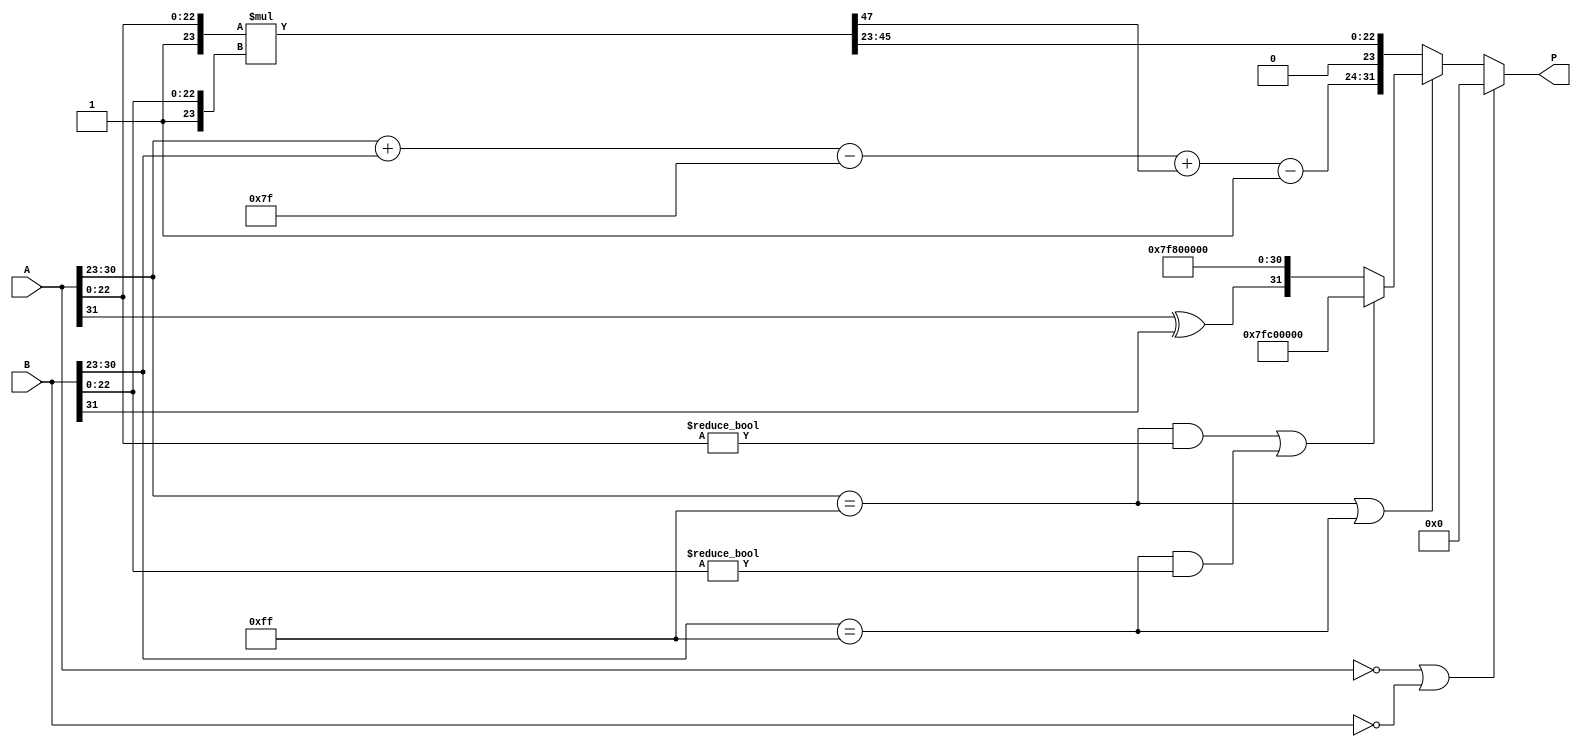
module floating_point_multiplier (
    input [31:0] A, // Input A (IEEE 754 single precision)
    input [31:0] B, // Input B (IEEE 754 single precision)
    output reg [31:0] P // Output P (IEEE 754 single precision)
);

    // Constants
    localparam EXPONENT_BIAS = 127;
    localparam MANTISSA_SIZE = 23;

    // Internal signals
    wire signA, signB, signP;
    wire [7:0] expA, expB, expP;
    wire [MANTISSA_SIZE:0] mantA, mantB, mantP; // Extra bit for normalization
    wire [47:0] mantProduct; // Product of mantissas (23 + 23 = 46 bits)
    wire [8:0] expSum; // To hold the sum of exponents
    wire [7:0] expP_temp; // Temporary exponent for normalization
    wire [47:0] mantP_temp; // Temporary mantissa for normalization
    wire [7:0] expP_final; // Final exponent after normalization
    wire mantP_normalized; // Flag for normalized mantissa

    // Extract sign, exponent, and mantissa
    assign signA = A[31];
    assign expA = A[30:23];
    assign mantA = {1'b1, A[22:0]}; // Implicit leading 1 for normalized numbers

    assign signB = B[31];
    assign expB = B[30:23];
    assign mantB = {1'b1, B[22:0]}; // Implicit leading 1 for normalized numbers

    // Calculate sign of the product
    assign signP = signA ^ signB;

    // Calculate exponent sum
    assign expSum = expA + expB - EXPONENT_BIAS;

    // Mantissa multiplication
    assign mantProduct = mantA * mantB;

    // Normalize the mantissa
    assign mantP_temp = mantProduct[46:0]; // Take the lower 47 bits
    assign expP_temp = expSum + mantProduct[47]; // Adjust exponent if mantissa is shifted

    // Check for normalization
    assign mantP_normalized = mantP_temp[47]; // Check if the leading bit is 1
    assign mantP = mantP_normalized ? mantP_temp[46:24] : mantP_temp[45:23]; // Shift if not normalized
    assign expP_final = mantP_normalized ? expP_temp : expP_temp - 1; // Adjust exponent if mantissa was shifted

    // Handle special cases (zero, infinity, NaN)
    always @(*) begin
        if (A == 32'b0 || B == 32'b0) begin
            P = 32'b0; // Zero multiplication
        end else if (A[30:23] == 8'hFF || B[30:23] == 8'hFF) begin
            // Check for infinity or NaN
            if ((A[30:23] == 8'hFF && A[22:0] != 23'b0) || (B[30:23] == 8'hFF && B[22:0] != 23'b0)) begin
                P = 32'h7FC00000; // NaN
            end else begin
                P = {signP, 8'hFF, 23'b0}; // Infinity
            end
        end else begin
            // Assemble final product
            P = {signP, expP_final[7:0], mantP};
        end
    end

endmodule